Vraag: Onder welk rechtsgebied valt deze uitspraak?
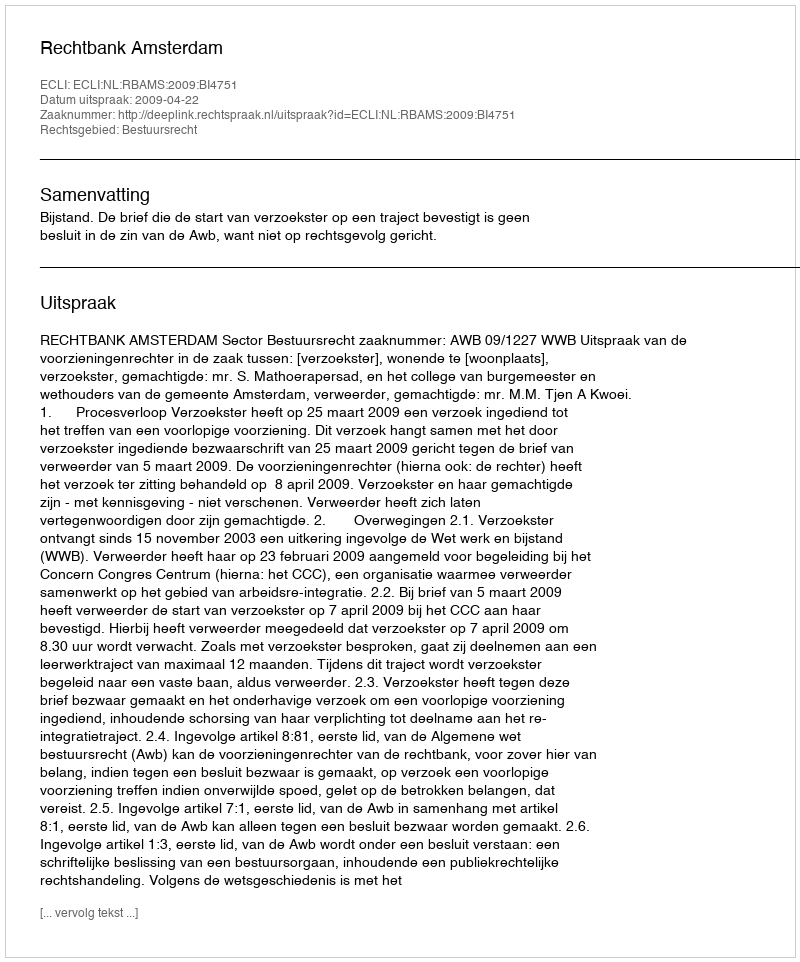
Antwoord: Bestuursrecht